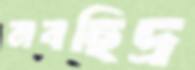
নবছিদ্র